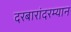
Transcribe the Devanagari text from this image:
दरबारांदरम्यान